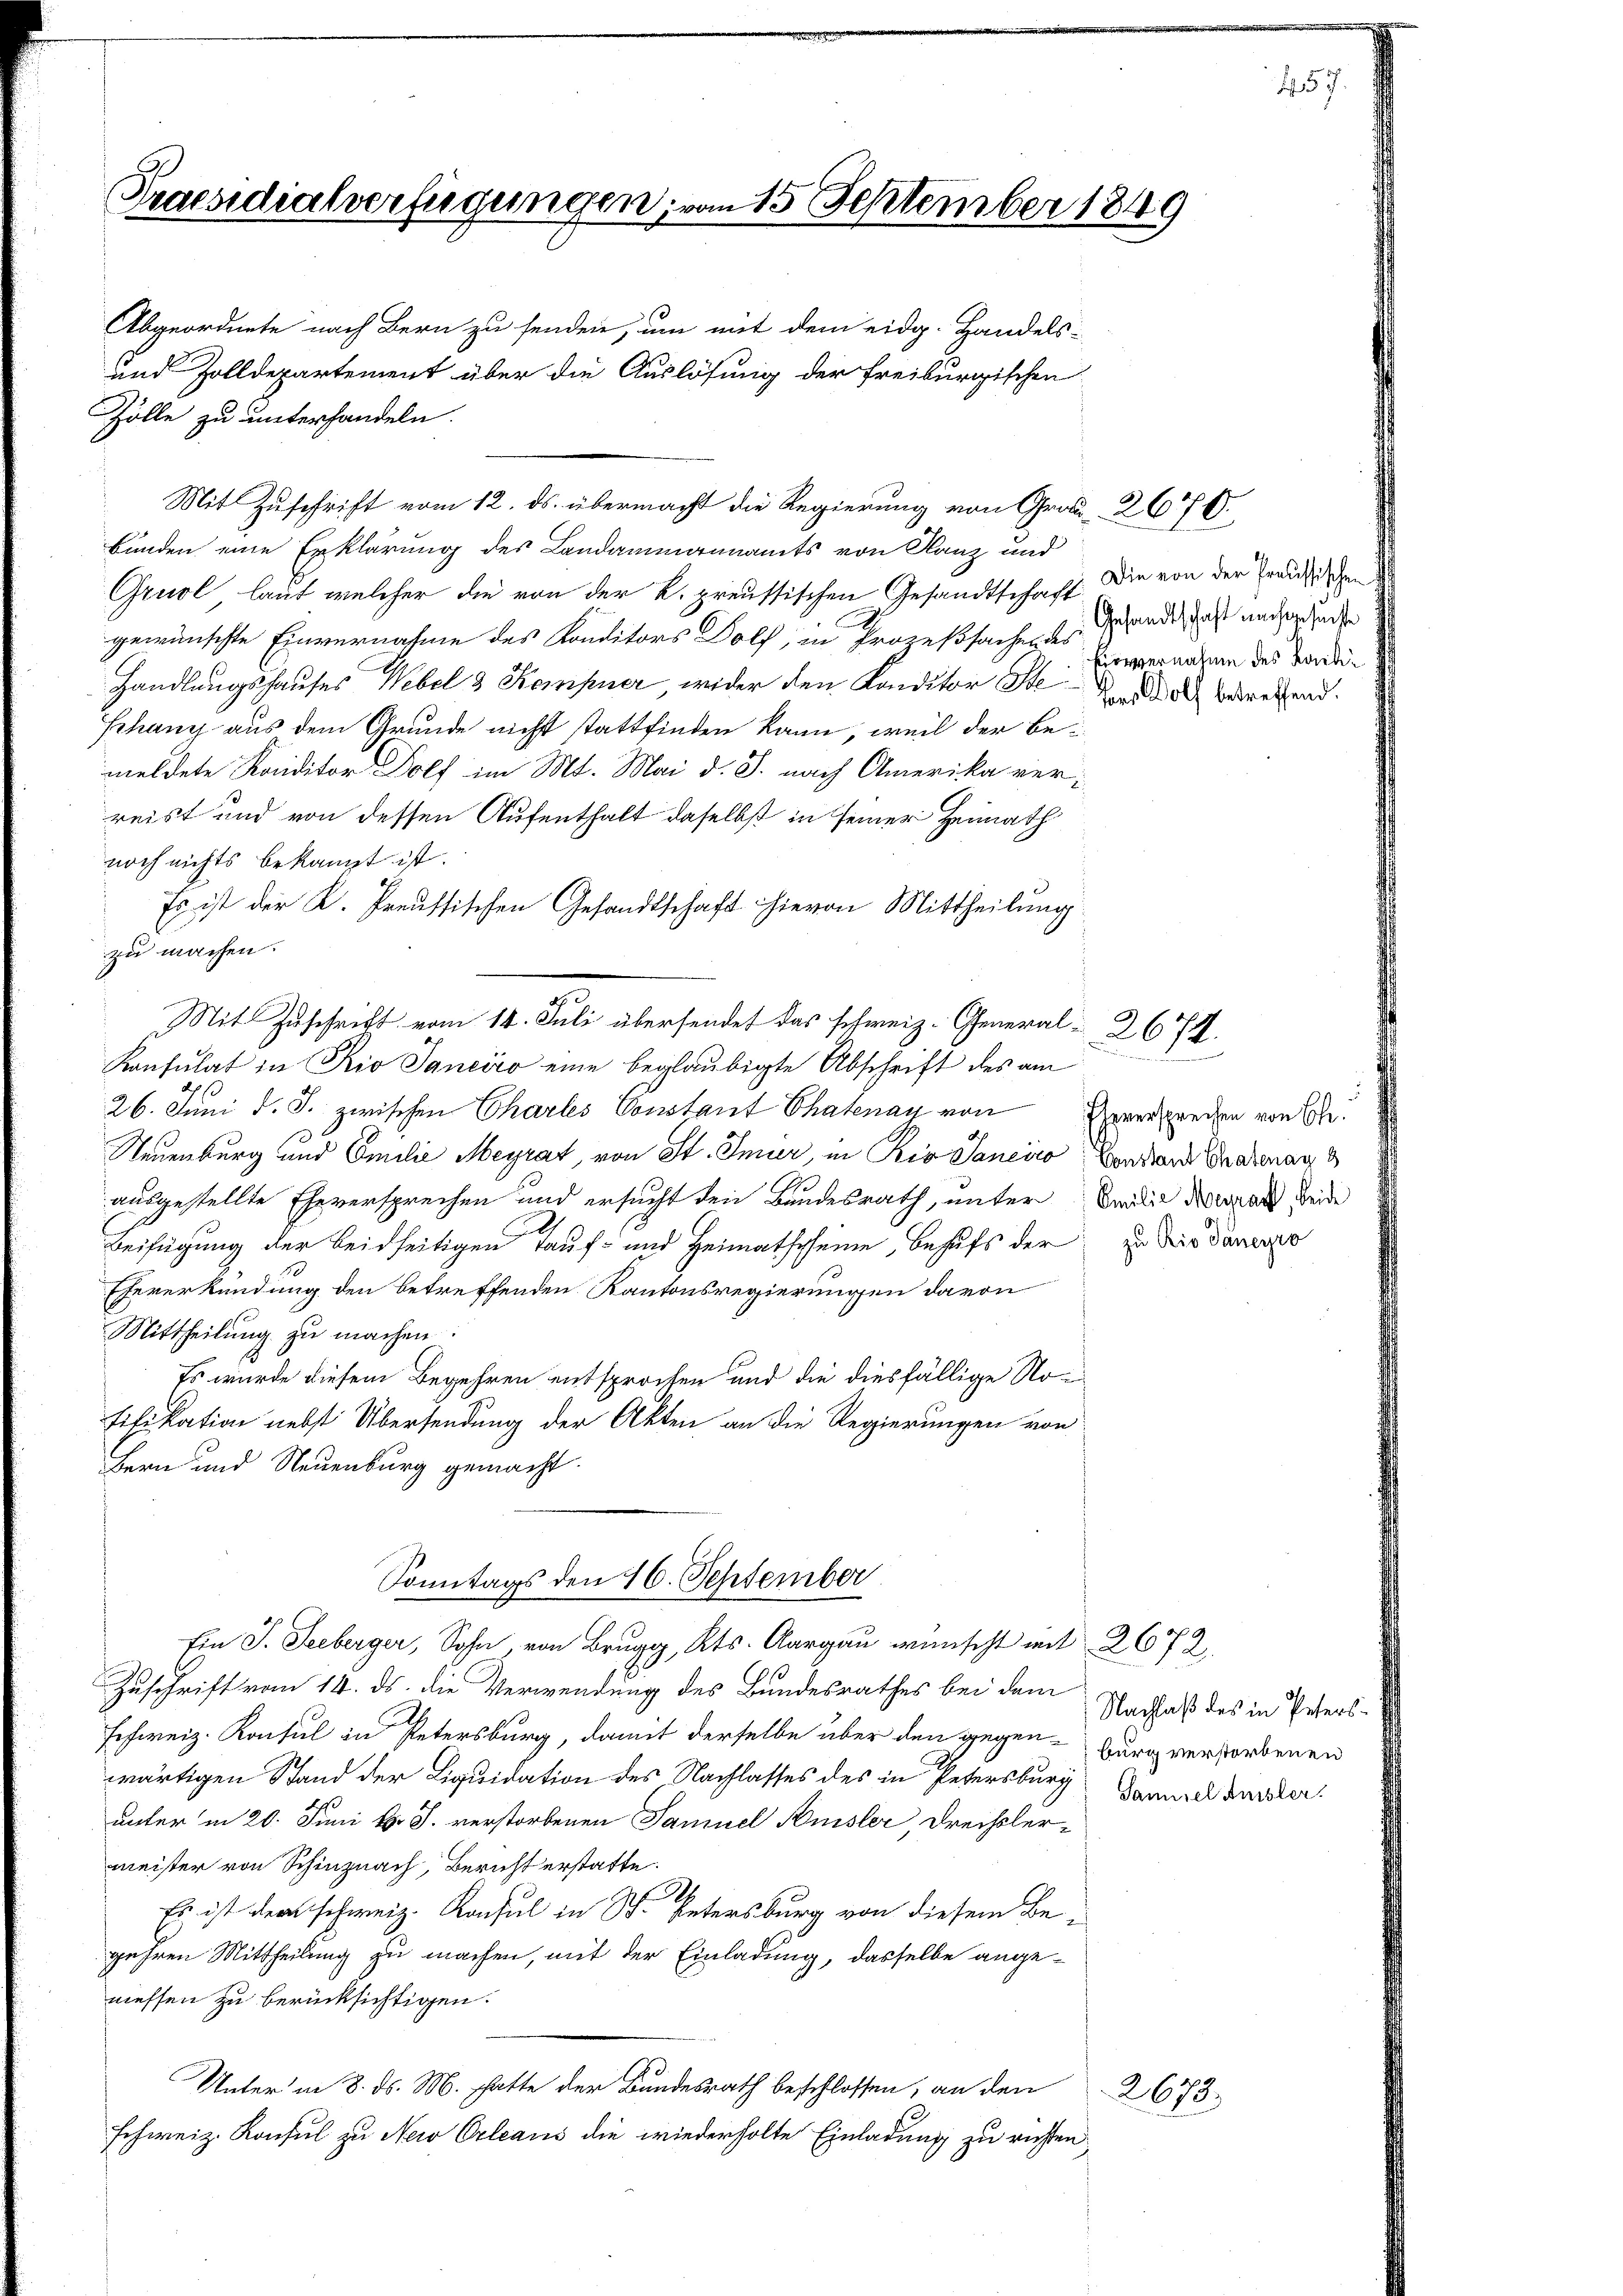
Praesidialverfügungen, vom 15 September 1849

Abgeordnete nach Bern zu senden, um mit dem eidg. Handels-
und Zolldepartement über die Auslösung der Freiburgischen
Zölle zu unterhandeln.
Mit Zuschrift vom 12. ds. übermacht die Regierung von Grau 26770.
bunden eine Erklärung des Landammannamts von Ganz und
Gruol, laut welcher die von der K. preussischen Gesandtschaft die von der Preußischen
gewünschte Einvernahme des Konditors Dolf, in Prozeßsachendes Angerechen des Verdie
Handlungshauses Webel & Kempner wider den Konditor Stadt betretend.
thany aus dem Grunde nicht stattfinden kann, weil der Bemeldete Konditor Dolf im Mt. Mai d. J. nach Amerika verreist und von dessen Aufenthalt daselbst in seiner Heimath
noch nichts bekannt ist.
Es ist der K. Preussischen Gesandtschaft hievon Mittheilung
zu machen.
Mit Zuschrift vom 14. Juli übersendet das schweiz. General-2674.
Konsulat in Rio Janeiro eine beglaubigte Abschrift des am
26. Juni d. J. zwischen Charles Constant Thatenay von Roversprechen von B
Neuenburg und Emilie Meyrat, von St. Inner, in Rio Sancico Constand Gnadenag
ausgestellte Eheversprechen und ersucht den Bundesrath, unter Emilie Mural beide
Beifügung der beidseitigen Tauf- und Heimatscheine, Behufs der
Theverkündung den betreffenden Kantonsregierungen davon
Mittheilung zu machen
Es wurde diesem Begehren entsprochen und die diesfällige Notifikation nebst Übersendung der Akten an die Regierungen von
Bern und Neuenburg gemacht.
Sonntags den 16. September
Ein J. Seeberger, Sohn, von Brugg, Kts. Aargau wünscht mit 2672.
uschrift vom 14. ds. die Verwendung des Bundesrathes bei dem
Schweiz. Konsul in Petersburg, damit derselbe über den gegen-Burg verstorbenen
wärtigen Stand der Liquidation des Nachlasses des in Petersburg Banach desser
unter in 20. Juni l. J. verstorbenen Samuel Biisler, Dreisslermeister von Schinznach, Bericht erstatte.
A.
Es ist dem schweiz. Konsul in St. Petersburg von diesem Bezehren Mittheilung zu machen, mit der Einladung, dasselbe angenessen zu berücksichtigen.
Unter in 8. d. M. hatte der Bundesrath beschlossen, an den
Schweiz. Konsul zu Nei Orleaus die wiederholte Einladung zu richten

Gesandtschaft nachgesuchte

zu Rio daneyro

2673.

Nachlaß des in Peters¬

457.